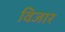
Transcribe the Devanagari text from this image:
विजार